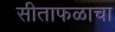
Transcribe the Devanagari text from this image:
सीताफळाचा